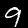
Label: 9